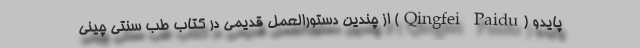
پایدو (Qingfei Paidu) از چندین دستورالعمل قدیمی در کتاب طب سنتی چینی